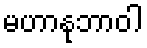
မဟာနုဘာဝါ